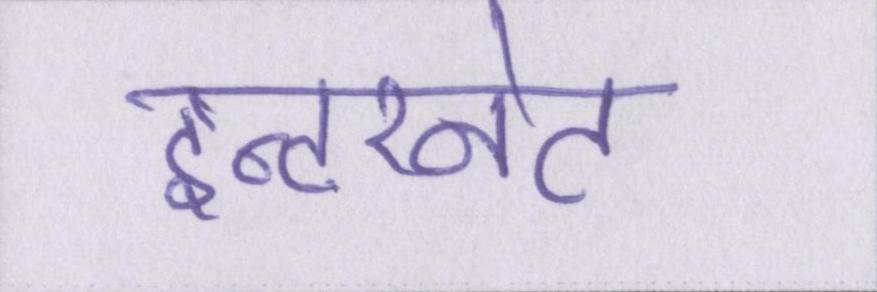
इन्टरनेट